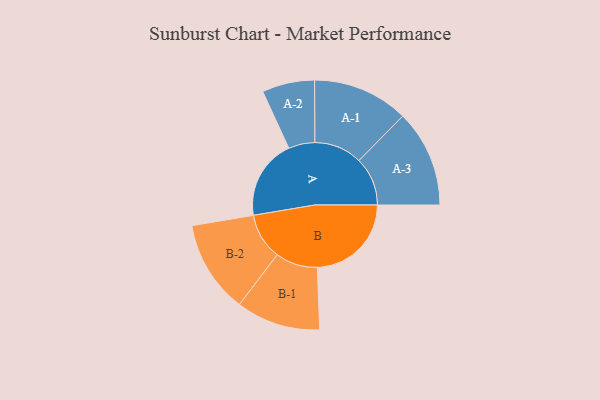
{"axis": {"x": "Segment", "y": "Value"}, "legend": ["", "A", "B"], "data": [{"x": "A", "y": 384, "type": ""}, {"x": "B", "y": 451, "type": ""}, {"x": "A-1", "y": 230, "type": "A"}, {"x": "A-2", "y": 126, "type": "A"}, {"x": "A-3", "y": 233, "type": "A"}, {"x": "B-1", "y": 202, "type": "B"}, {"x": "B-2", "y": 222, "type": "B"}]}